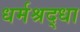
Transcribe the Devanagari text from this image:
धर्मश्रद्धा